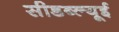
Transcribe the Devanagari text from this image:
सीडब्ल्यूई